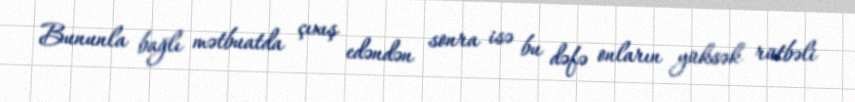
Bununla bağlı mətbuatda çıxış edəndən sonra isə bu dəfə onların yüksək rütbəli